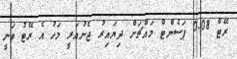
ރޭޓް 0.08 ޕަސެންޓް މައްޗަށް ދިޔައިރު ޖެނުއަރީ މަހު އެ ރޭޓު ވަނީ